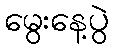
မွေးနေ့ပွဲ